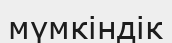
мүмкіндік